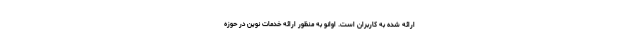
ارائه شده به کاربران است. اوانو به منظور ارائه خدمات نوین در حوزه